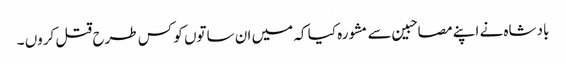
بادشاہ نے اپنے مصاحبین سے مشورہ کیا کہ میں ان ساتوں کو کس طرح قتل کروں ۔